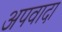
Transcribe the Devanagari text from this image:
अपवादा